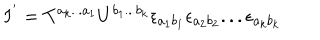
I ^ { ' } = T ^ { a _ { k } . . . a _ { 1 } } U ^ { b _ { 1 } . . . b _ { k } } \epsilon _ { a _ { 1 } b _ { 1 } } \epsilon _ { a _ { 2 } b _ { 2 } } . . . \epsilon _ { a _ { k } b _ { k } }